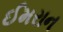
ઈમરાન